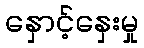
နှောင့်နှေးမှု